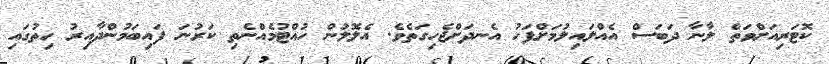
ކޮޓަރިއަށްވަތް ލާނާ ދަބަސް އެއްލައިލުމަށްފަހު އެނދަށްޖެހިގަތެވެ. އެލޮލުން ހުއްޓުމެއްނެތި ކަރުނަ ފައިބަމުންދާއިރު ހިތުގައި